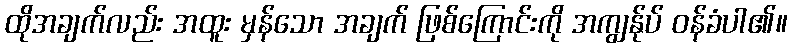
ထိုအချက်လည်း အထူး မှန်သော အချက် ဖြစ်ကြောင်းကို အကျွန်ုပ် ဝန်ခံပါ၏။